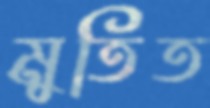
মুতিত